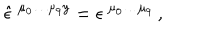
\hat { \epsilon } ^ { \ \mu _ { 0 } \ldots \mu _ { 9 } y } = \epsilon ^ { \ \mu _ { 0 } \ldots \mu _ { 9 } } \, ,